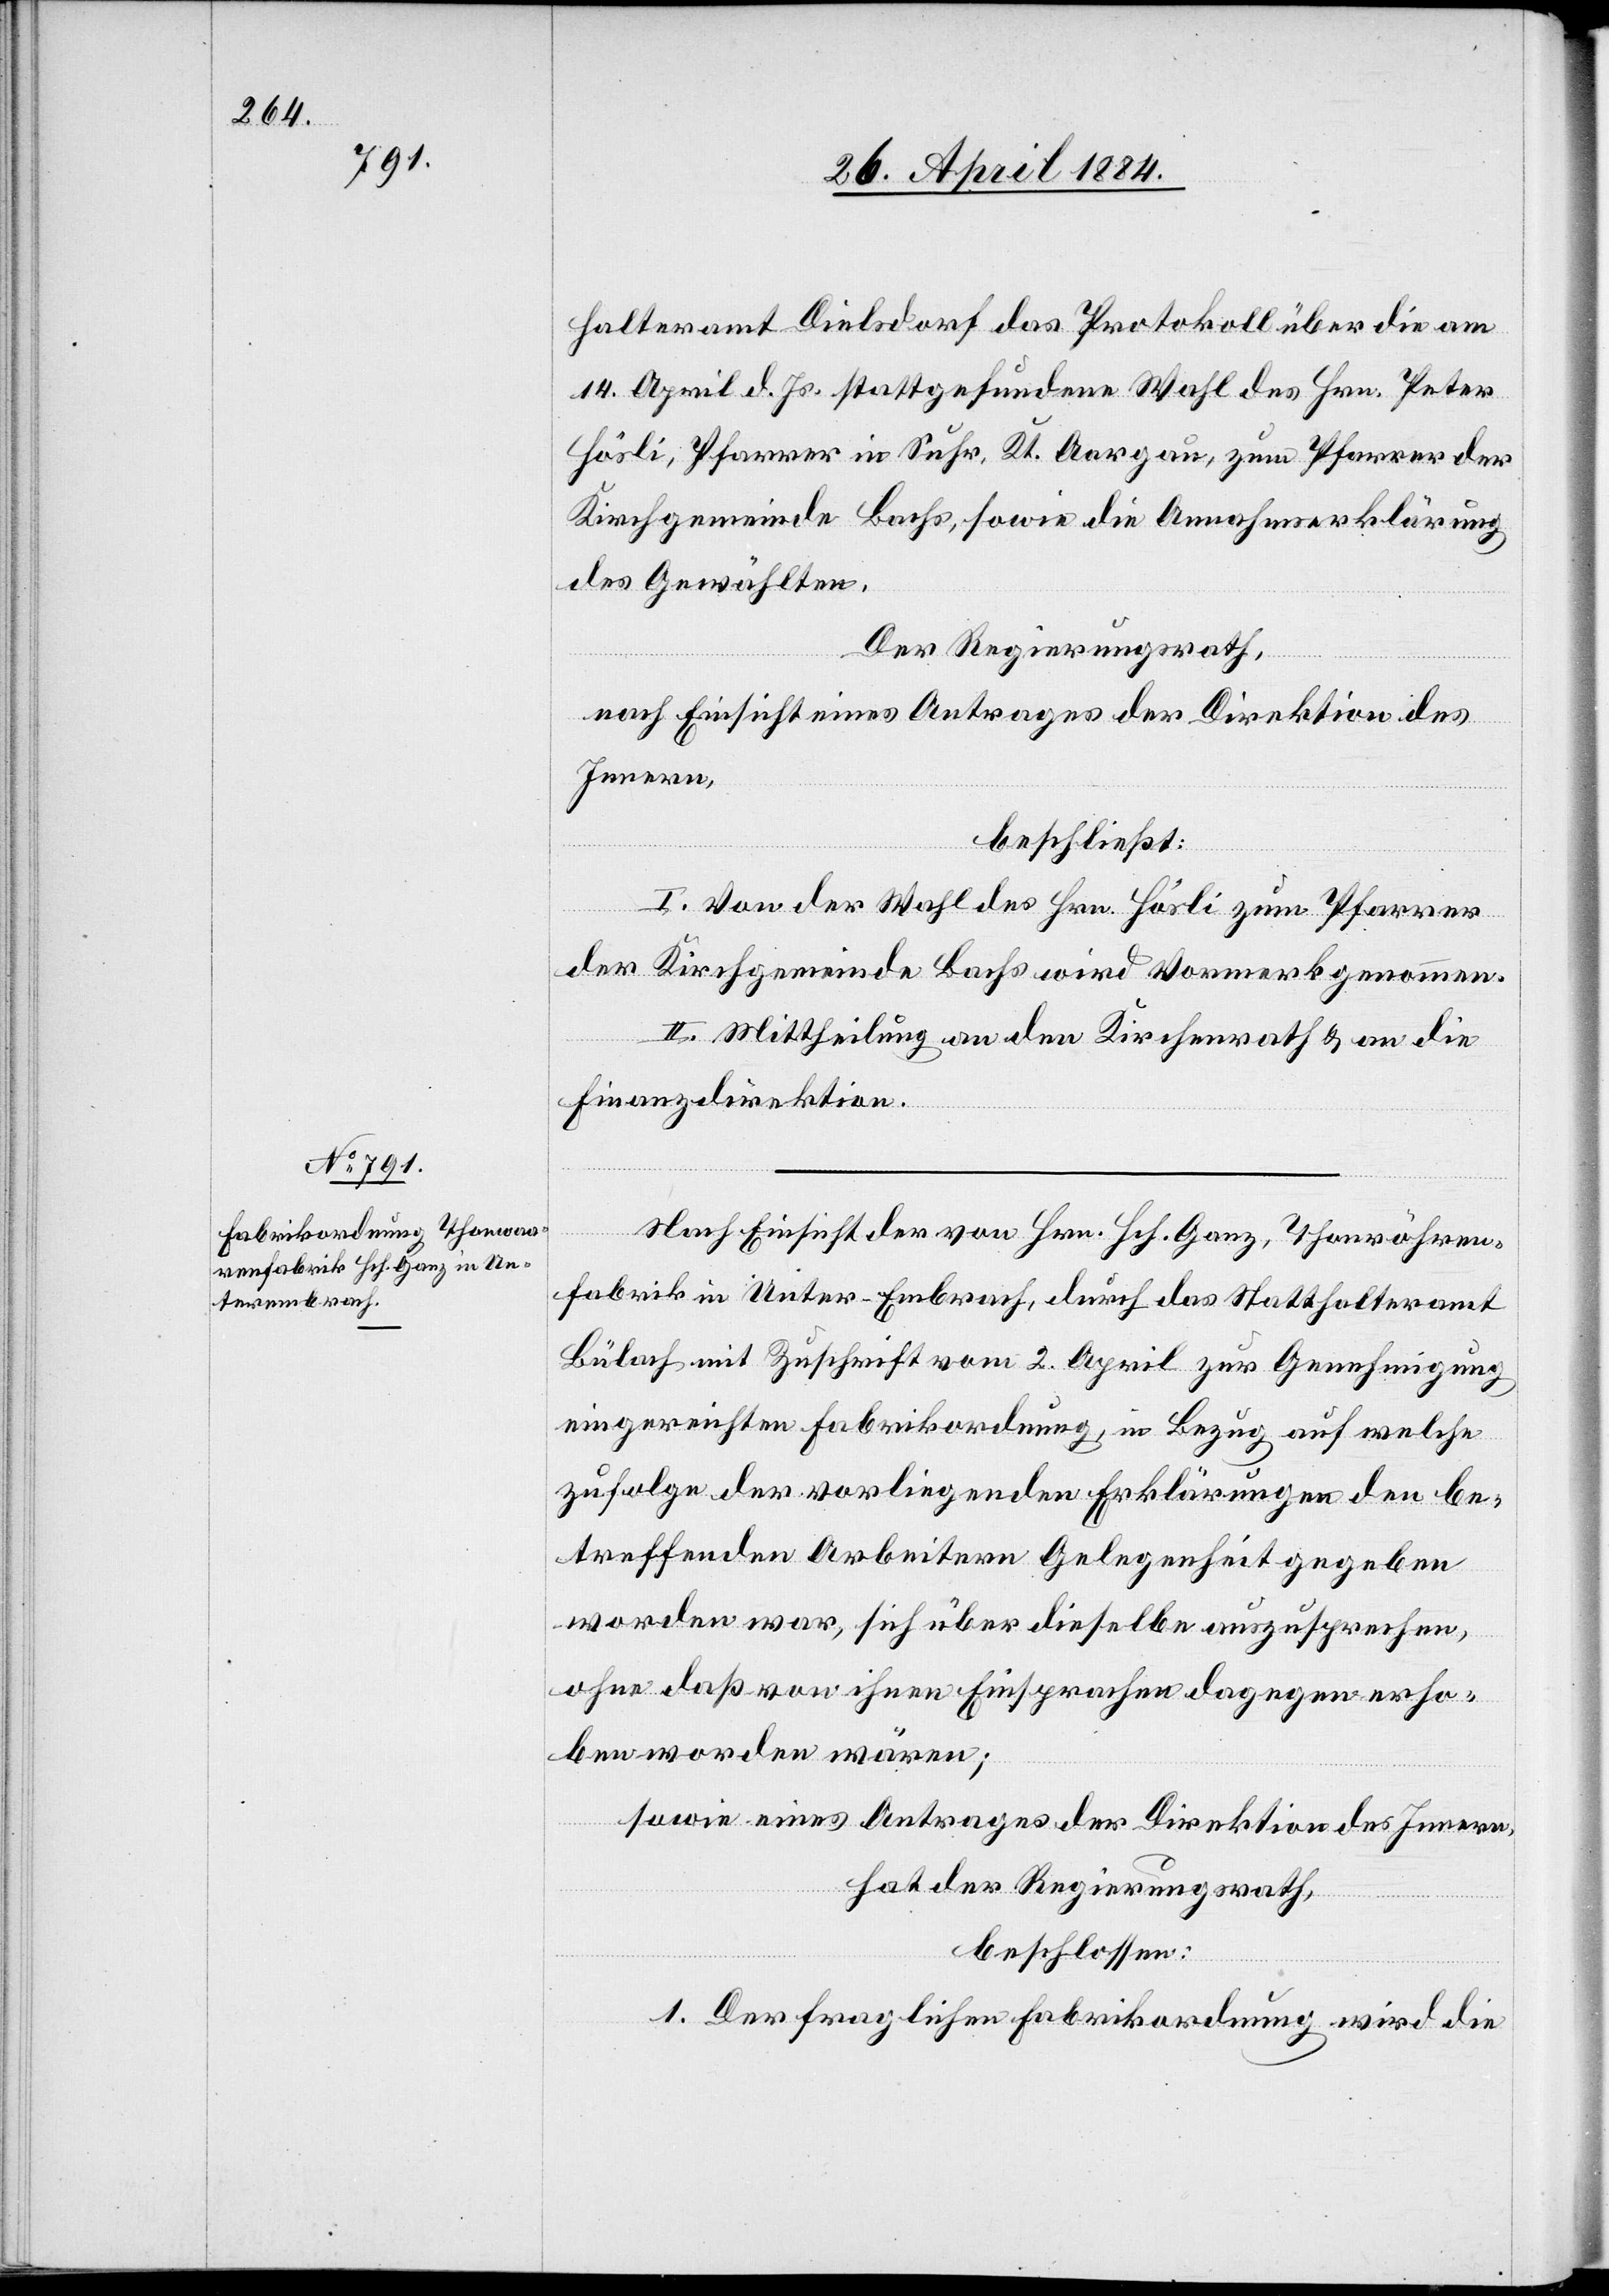
halteramt Dielsdorf das Protokoll über die am
14. April d. Js. stattgefundene Wahl des Hrn. Peter
Hösli, Pfarrer in Suhr, Kt. Aargau, zum Pfarrer der
Kirchgemeinde Bachs, sowie die Annahmeerklärung
des Gewählten.
Der Regierungsrath,
nach Einsicht eines Antrages der Direktion des
Innern,
beschließt:
I. Von der Wahl des Hrn. Hösli zum Pfarrer
der Kirchgemeinde Bachs wird Vormerk genommen.
II. Mittheilung an den Kirchenrath & an die
Finanzdirektion.
Nach Einsicht der von Hch. Ganz, Thonröhren¬
fabrik in Unter-Embrach, durch das Statthalteramt
Bülach mit Zuschrift vom 2. April zur Genehmigung
eingereichten Fabrikordnung, in Bezug auf welche
zufolge der vorliegenden Erklärungen den be¬
treffenden Arbeitern Gelegenheit gegeben
worden war, sich über dieselbe auszusprechen,
ohne daß von ihnen Einsprachen dagegen erho¬
ben worden wären;
sowie eines Antrages der Direktion des Innern,
hat der Regierungsrath,
beschlossen:
1. Der fraglichen Fabrikordnung wird die